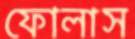
ফোলাস